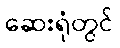
ဆေးရုံတွင်